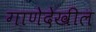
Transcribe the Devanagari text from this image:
गाणेदेखील